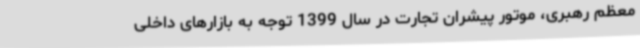
معظم رهبری، موتور پیشران تجارت در سال 1399 توجه به بازارهای داخلی